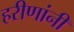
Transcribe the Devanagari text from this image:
हरीणांनी